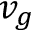
v _ { g }